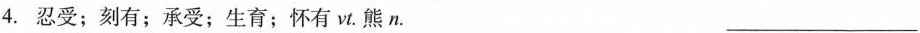
4.忍受；刻有；承受；生育；怀有vt。熊n. ___